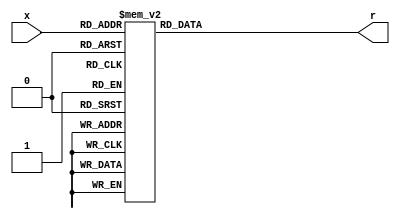
`timescale 1ns / 1ps


module hexto7segment(
    input [3:0] x,
    output reg [6:0] r
    );
    always @ (*)
        case (x)
            4'b0000 : r = 7'b0000001;
            4'b0001 : r = 7'b1001111;
            4'b0010 : r = 7'b0010010;
            4'b0011 : r = 7'b0000110;
            4'b0100 : r = 7'b1001100;
            4'b0101 : r = 7'b0100100;
            4'b0110 : r = 7'b0100000;
            4'b0111 : r = 7'b0001111;
            4'b1000 : r = 7'b0000000;
            4'b1001 : r = 7'b0000100;
            4'b1010 : r = 7'b0001000;
            4'b1011 : r = 7'b1100000;
            4'b1100 : r = 7'b0110001;
            4'b1101 : r = 7'b1000010;
            4'b1110 : r = 7'b0110000;
            4'b1111 : r = 7'b0111000;
        endcase
endmodule